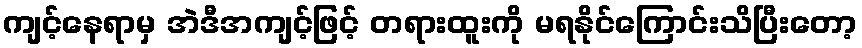
ကျင့်နေရာမှ အဲဒီအကျင့်ဖြင့် တရားထူးကို မရနိုင်ကြောင်းသိပြီးတော့